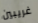
غريبين